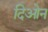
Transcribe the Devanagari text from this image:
दिओन